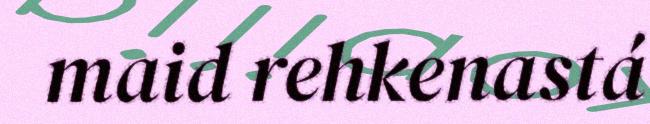
maid rehkenastá